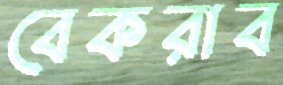
বেকরাব